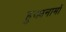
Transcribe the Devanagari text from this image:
हुक्मनामों